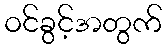
ဝင်ခွင့်အတွက်